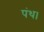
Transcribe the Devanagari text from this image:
पंथ।